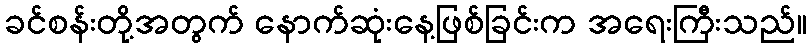
ခင်စန်းတို့အတွက် နောက်ဆုံးနေ့ဖြစ်ခြင်းက အရေးကြီးသည်။